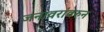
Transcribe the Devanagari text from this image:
जनावरांवरुन